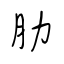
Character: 肋